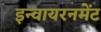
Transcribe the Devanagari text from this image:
इन्वायरनमेंट